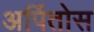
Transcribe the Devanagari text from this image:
अर्पितोस